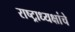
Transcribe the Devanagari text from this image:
राष्‍ट्राध्‍यक्षांचे